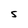
Character: S